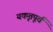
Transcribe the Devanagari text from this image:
यकृतपूर्व